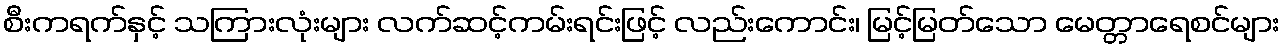
စီးကရက်နှင့် သကြားလုံးများ လက်ဆင့်ကမ်းရင်းဖြင့် လည်းကောင်း၊ မြင့်မြတ်သော မေတ္တာရေစင်များ